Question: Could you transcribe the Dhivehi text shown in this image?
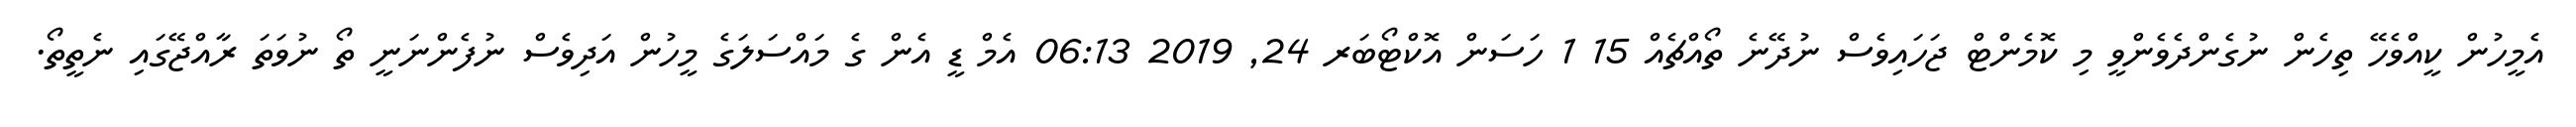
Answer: އެމީހުން ކީއްވެހޭ ތިހެން ނުގެންދެވެންވީ މި ކޮމެންޓް ޖަހައިވެސް ނުދޭނެ ތޯއްޗެއް 15 1 ހަސަން އޮކްޓޯބަރ 24, 2019 06:13 އެމް ޑީ އެން ގެ މައްސަލަގެ މީހުން އަދިވެސް ނުފެންނަނީ ތޯ ނުވަތަ ރާއްޖޭގައި ނެތީތޯ.